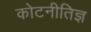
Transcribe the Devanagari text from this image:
कोटनीतिज्ञ